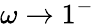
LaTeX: \omega\rightarrow 1^{-}